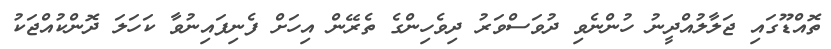
ތޮއްޑޫގައި ޖަލާލުއްދީނު ހުންނެވި ދުވަސްވަރު ދިވެހިންގެ ތެރޭން އިހަށް ފެނިފައިނުވާ ކަހަލަ ދޮންކުއްޖަކު